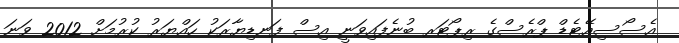
އެސޯސިއޭޓެޑް ޕްރެސްގެ ރިޕޯޓަރ ބުނެފައިވަނީ އިސް ފަނޑިޔާރަކު ހައްޔަރު ކުރުމަށް 2012 ވަނަ